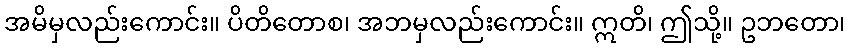
အမိမှလည်းကောင်း။ ပိတိတောစ၊ အဘမှလည်းကောင်း။ ဣတိ၊ ဤသို့။ ဥဘတော၊